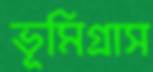
ভূমিগ্রাস